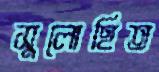
সুলোহিত